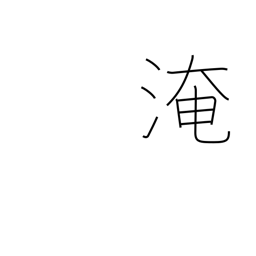
Meaning: immerse